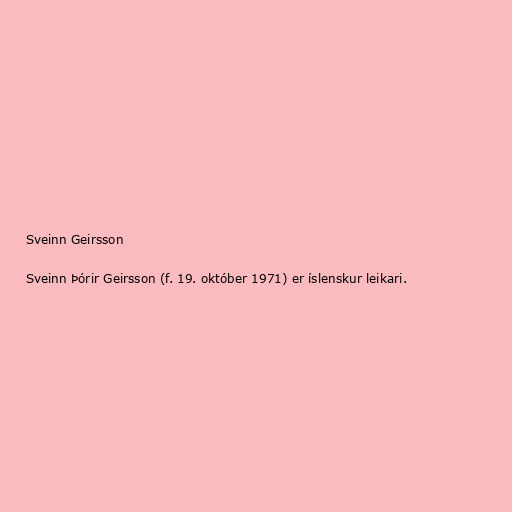
Sveinn Geirsson

Sveinn Þórir Geirsson (f. 19. október 1971) er íslenskur leikari.